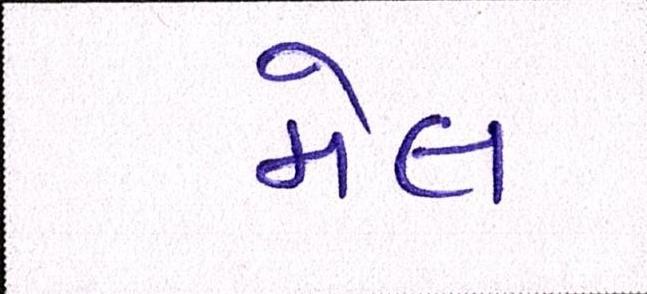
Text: મેલ